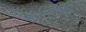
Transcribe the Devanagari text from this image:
ऊर्जासंचरण